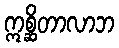
ဣစ္ဆိတာလာဘ